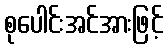
စုပေါင်းအင်အားဖြင့်